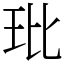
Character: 玭